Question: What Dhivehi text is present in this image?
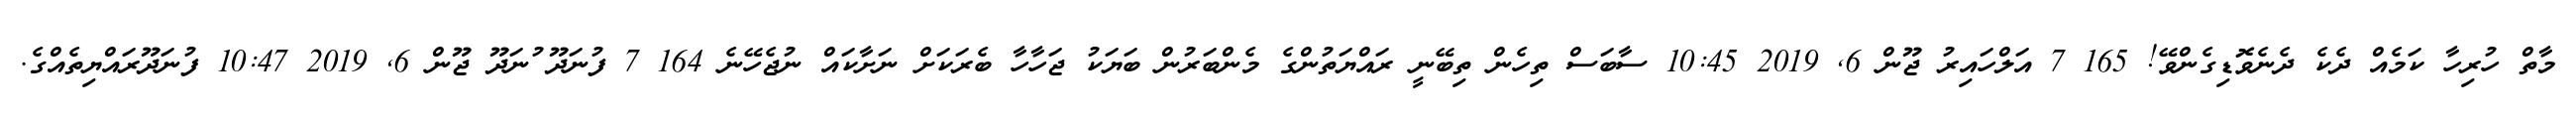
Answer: މާތް ހުރިހާ ކަމެއް ދެކެ ދެނެވޮޑިގެންވޭ! 165 7 އަލްހައިރު ޖޫން 6, 2019 10:45 ސާބަސް ތިހެން ތިބޭނީ ރައްޔަތުންގެ މެންބަރުން ބަޔަކު ޖަހާހާ ބެރަކަށް ނަށާކައް ނުޖެހޭނެ 164 7 ފުނަދޫ ުނަދޫ ޖޫން 6, 2019 10:47 ފުނަދޫރައްޔިތެއްގެ.